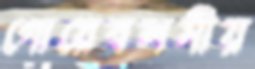
গোয়েবলসীয়